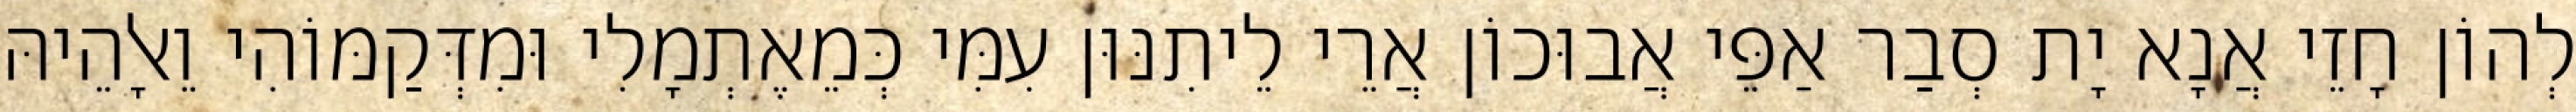
לְהוֹן חָזֵי אֲנָא יָת סְבַר אַפֵּי אֲבוּכוֹן אֲרֵי לֵיתִנּוּן עִמִּי כְּמֵאֶתְמָלִי וּמִדְּקַמּוֹהִי וֵאלָהֵיהּ